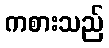
ကစားသည်